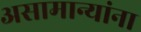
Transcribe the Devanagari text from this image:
असामान्यांना